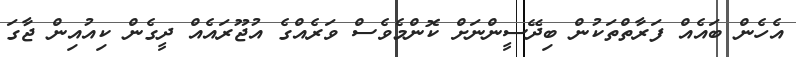
އެހެން ބައެއް ފަރާތްތަކުން ބިދޭސީންނަށް ކޮންމެވެސް ވަރެއްގެ އުޖޫރައެއް ދީގެން ކިއުއިން ޖާގަ